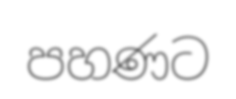
පහණට